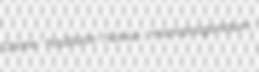
Doane haulback Nonius macrozoogonidium